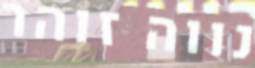
נווה זוהר